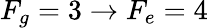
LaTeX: F_{g}=3\rightarrow F_{e}=4